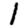
Digit: 1